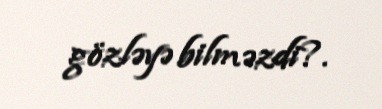
gözləyə bilməzdi?.